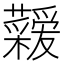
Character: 𮓇